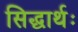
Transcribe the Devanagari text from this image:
सिद्धार्थः